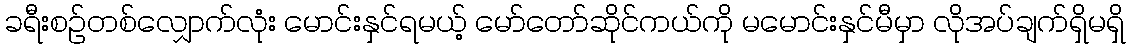
ခရီးစဉ်တစ်လျှောက်လုံး မောင်းနှင်ရမယ့် မော်တော်ဆိုင်ကယ်ကို မမောင်းနှင်မီမှာ လိုအပ်ချက်ရှိမရှိ